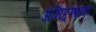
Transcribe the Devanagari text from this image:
अभिद्दश्यक